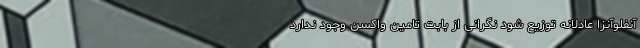
آنفلوآنزا عادلانه توزیع شود نگرانی از بابت تامین واکسن وجود ندارد